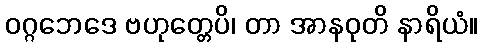
ဝဂ္ဂဘေဒေ ဗဟုတ္တေပိ၊ တာ အာနဝုတိ နာရိယံ။